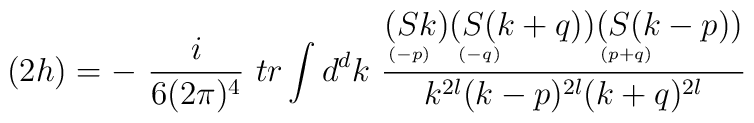
(2h) = -\ \frac{i}{6(2\pi)^4}\ tr \int d^dk\ \frac{\stackrel{\displaystyle (Sk)}{\scriptscriptstyle (-p)\phantom{+}}\stackrel{\displaystyle (S(k+q))}{\scriptscriptstyle (-q)\phantom{+qqqqqqq}}\stackrel{\displaystyle (S(k-p))}{\scriptscriptstyle (p+q)\phantom{+qqqqqqq}}}{k^{2l}(k-p)^{2l} (k+q)^{2l}}